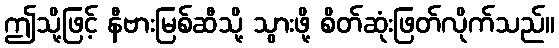
ဤသို့ဖြင့် နီဗားမြစ်ဆီသို့ သွားဖို့ စိတ်ဆုံးဖြတ်လိုက်သည်။